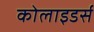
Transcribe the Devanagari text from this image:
कोलाइडर्स